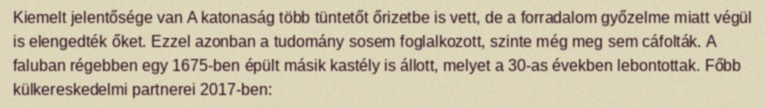
Kiemelt jelentősége van A katonaság több tüntetőt őrizetbe is vett, de a forradalom győzelme miatt végül is elengedték őket. Ezzel azonban a tudomány sosem foglalkozott, szinte még meg sem cáfolták. A faluban régebben egy 1675-ben épült másik kastély is állott, melyet a 30-as években lebontottak. Főbb külkereskedelmi partnerei 2017-ben: